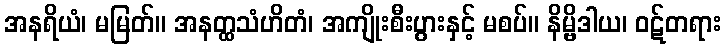
အနရိယံ၊ မမြတ်။ အနတ္ထသံဟိတံ၊ အကျိုးစီးပွားနှင့် မစပ်။ နိမ္ဗိဒါယ၊ ဝဋ်တရား